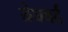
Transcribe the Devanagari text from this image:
येघवर्द